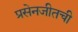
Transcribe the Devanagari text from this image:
प्रसेनजीतची